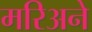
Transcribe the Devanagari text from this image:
मरिअने